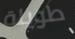
طويلة